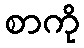
စာကို